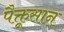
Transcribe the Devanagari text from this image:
पैक्तूसान्